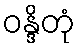
ဝန္ဒိတုံ